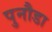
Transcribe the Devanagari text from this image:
पुनौडा